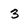
Character: 3